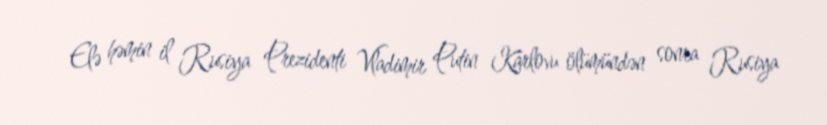
Elə həmin il Rusiya Prezidenti Vladimir Putin Karlovu ölümündən sonra Rusiya